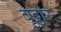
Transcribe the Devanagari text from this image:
बुट्टोर